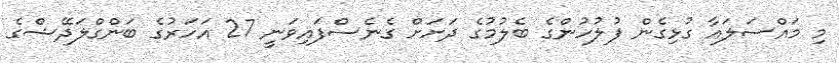
މި މައްސަލައާ ގުޅިގެން ފުލުހުންގެ ބެލުމުގެ ދަށަށް ގެނެސްފައިވަނީ 27 އަހަރުގެ ބަންގްލަދޭޝްގެ